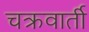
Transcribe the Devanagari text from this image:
चक्रवार्ती